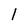
Character: 1